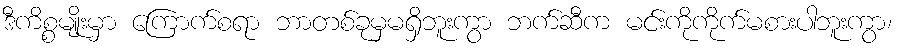
ဒီကိစ္စမျိုးမှာ ကြောက်စရာ ဘာတစ်ခုမှမရှိဘူးကွာ ဘက်ဆီက မင်းကိုကိုက်မစားပါဘူးကွာ၊